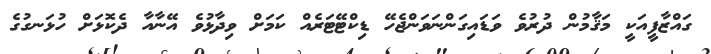
ގައްޒާފީއަކީ މަޤާމުން ދުރުވެ ވަޑައިގަންނަވަންޖެހޭ ޑިކްޓޭޓަރެއް ކަމަށް ވިދާޅުވެ އޭނާއާ ދެކޮޅަށް ހުޅަނގުގެ